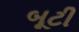
બૂટી